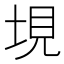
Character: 垷